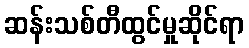
ဆန်းသစ်တီထွင်မှုဆိုင်ရာ